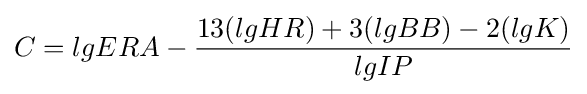
C=lgERA-{13(lgHR)+3(lgBB)-2(lgK) \over lgIP}